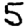
Digit: 5